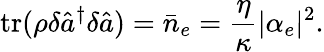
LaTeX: \mathrm{tr}(\rho\delta\hat{a}^{\dagger}\delta\hat{a})=\bar{n}_{e}=\frac{\eta}{\kappa}|\alpha_{e}|^{2}.